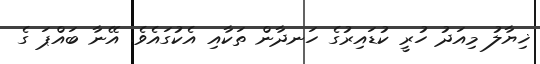
ޚިޔާލު މިއަދު ހުރީ ކުޑައިރުގެ ހަނދާން ތަކާއި އެކުގައެވެ. އޭނާ ބައްޕަ ގެ